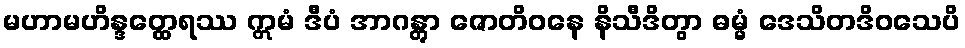
မဟာမဟိန္ဒတ္ထေရဿ ဣမံ ဒီပံ အာဂန္တွာ ဇောတိဝနေ နိသီဒိတွာ ဓမ္မံ ဒေသိတဒိဝသေပိ